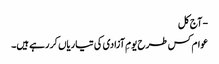
- آج کل
عوام کس طرح یومِ آزادی کی تیاریاں کر رہے ہیں۔